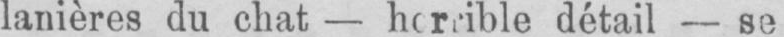
détail - se